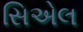
સિએલ